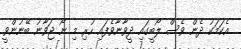
އެކަމަކު ދެން ވެސް ލޯބީގައި ދީވާނާވެފައި ހުރި މި ނޯ ޖަވާނު ބޭނުންވީ